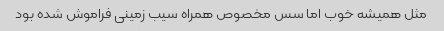
مثل همیشه خوب اما سس مخصوص همراه سیب زمینی فراموش شده بود